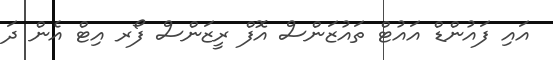
އައި ފައުންޑް އައުޓް ތައުޒަންސް އޮފް ރީޒަންސް ފޯރ އިޓް އެން ދަ